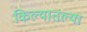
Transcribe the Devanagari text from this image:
किल्यातल्या